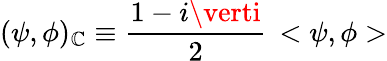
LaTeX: (\psi,\phi)_{\cal\mathbb{C}}\equiv\frac{{1-i\verti}}{{2}}\, <\psi,\phi>